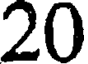
20